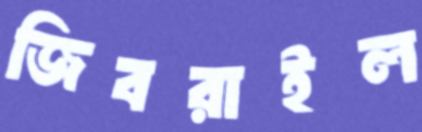
জিবরাইল